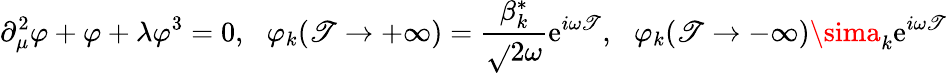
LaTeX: \partial_{\mu}^{2}\varphi+\varphi+\lambda\varphi^{3}=0,\, \, \, \, \varphi_{k}(\mathscr{T}\to+\infty)=\frac{{\beta_{k}^{*}}}{{\sqrt{}{{2\omega}}}}\mathrm{{e}}^{i\omega\mathscr{T}},\, \, \, \, \varphi_{k}(\mathscr{T}\to-\infty)\sima_{k}\mathrm{{e}}^{i\omega\mathscr{T}}